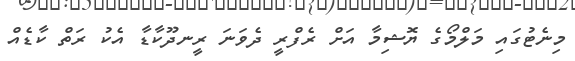
މިނެޓުގައި މަލްމޯގެ ޔޮޝިމާ އަށް ރެފްރީ ދެވަނަ ރީނދޫކާޑާ އެކު ރަތް ކާޑެއް